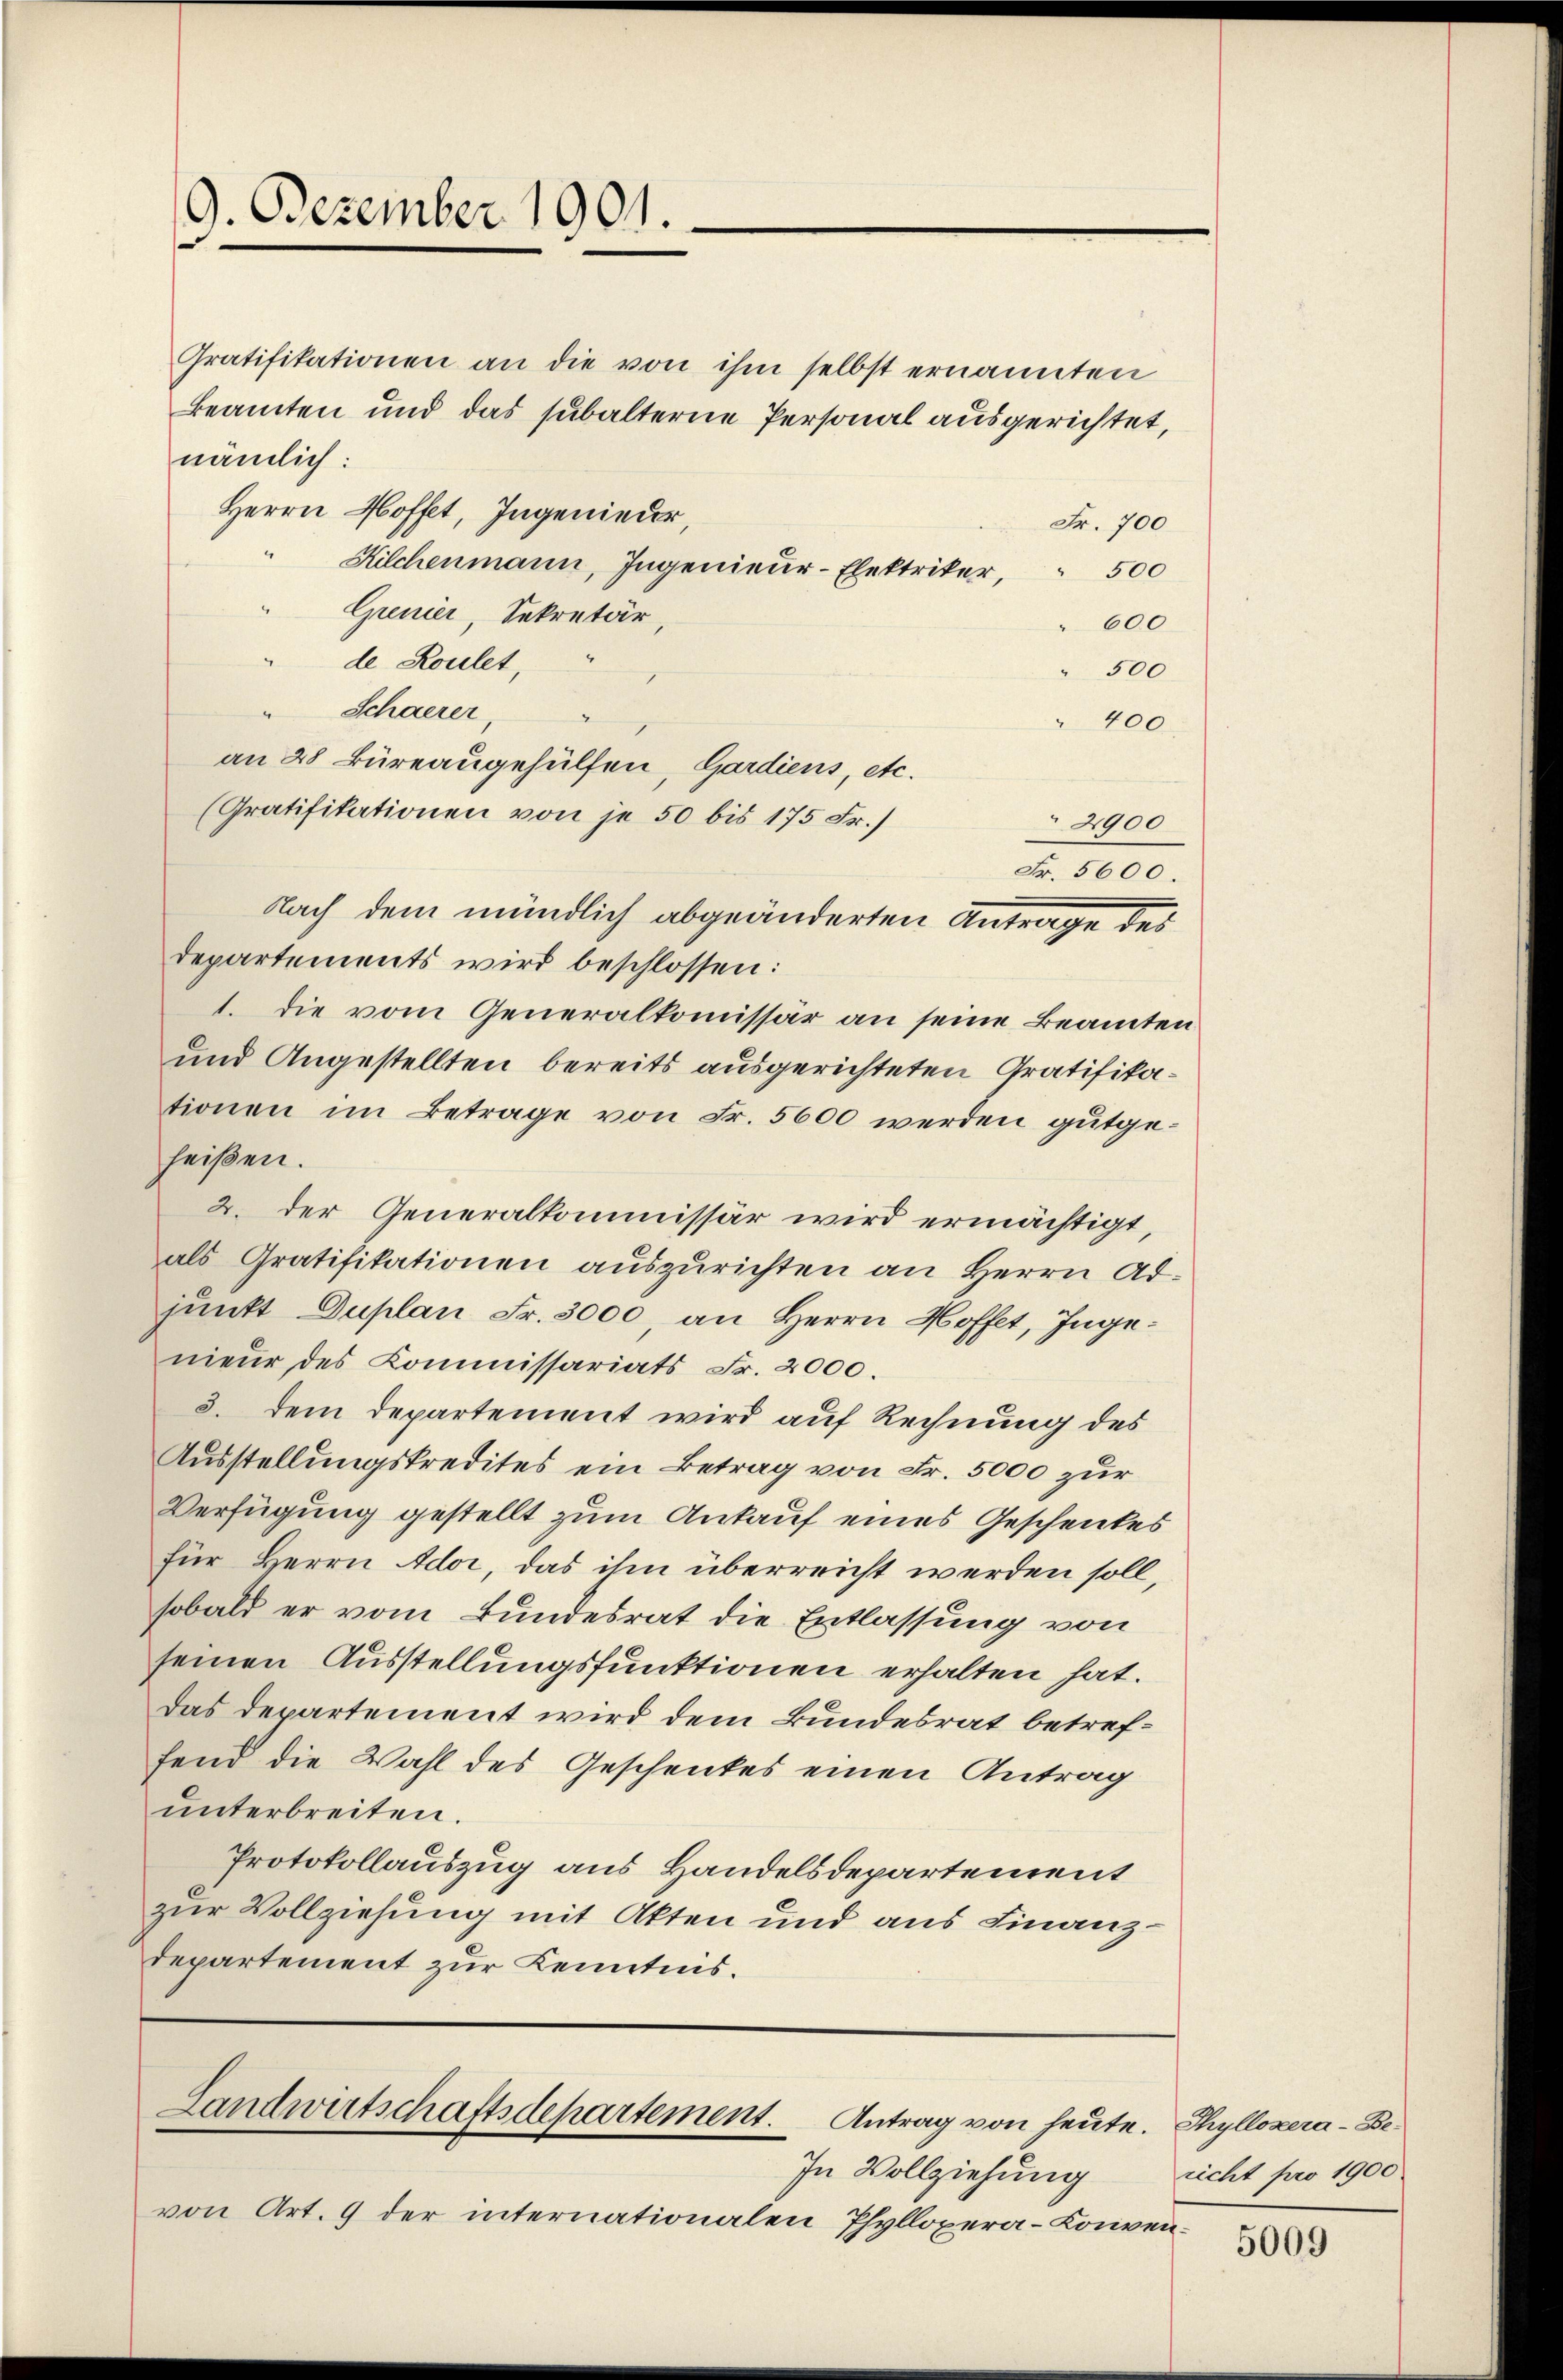
9. Dezember 1901.

Gratifikationen an die von ihm selbst ernannten
Beamten und das subalterne Personal ausgerichtet,
nämlich:
Herrn Hoffet, Ingenieder
Fr. 700
Kilchenmann, Ingenieur-Elektriker, 500
Grenier, Sekretär,
600
de Roulet,
500
Schaerer
400
an 28 Büreaugehülfen, Gardiens, etc.
(Gratifikationen von je 50 bis 175 Fr.)
2900
Fr. 5600
Nach dem mündlich abgeänderten Antrage des
departements wird beschlossen:
1. Die vom Generalkommissär an seine Beamten
und Angestellten bereits ausgerichteten Gratifikationen im Betrage von Fr. 5600 werden gutgeheißen.
2. der Generalkommissär wird ermächtigt,
als Gratifikationen auszurichten an Herrn Atjunkt Duplan Fr. 3000, an Herrn Hoffet, Ingenieur des Commissariats Fr. 2000.
3. dem Departement wird auf Rechnung des
Ausstellungskredites ein Betrag von Fr. 5000 zur
Verfügung gestellt zum Ankauf eines Geschenkes
für Herrn Ador, das ihm überreicht werden soll,
sobald er vom Bundesrat die Entlassung von
seinen Ausstellungsfunktionen erhalten hat.
Das Departement wird dem Bundesrat betreffend die Wahl des Geschenkes einen Antrag
ŭnterbreiten.
Protokollauszug aus Handelsdepartement
zur Vollziehung mit Akten und aus Finanz¬
Departement zur Kenntnis.

Landwirtschaftsdepartement. Antrag von heute.

In Vollziehung
von Art. 9 der internationalen Phyllopera-Lonven¬

Thyllozera-Be-
richt pro 1900.

5009